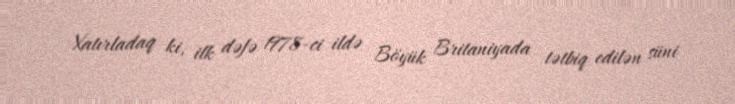
Xatırladaq ki, ilk dəfə 1978-ci ildə Böyük Britaniyada tətbiq edilən süni